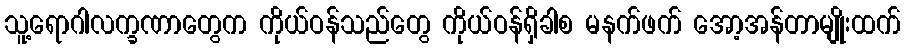
သူ့ရောဂါလက္ခဏာတွေက ကိုယ်ဝန်သည်တွေ ကိုယ်ဝန်ရှိခါစ မနက်ဖက် အော့အန်တာမျိုးထက်